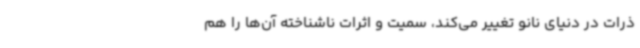
ذرات در دنیای نانو تغییر می‌کند، سمیت و اثرات ناشناخته آن‌ها را هم